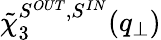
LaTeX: \tilde{\chi}_{3}^{S^{OUT},S^{IN}}(q_{\perp})